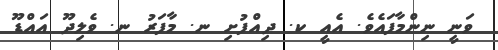
ވަނީ ނިންމާފައެވެ. އެއީ ކ. ދިއްފުށި ނ. މާފަރު ނ. ވެލިދޫ އައްޑޫ